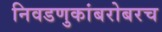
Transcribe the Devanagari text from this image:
निवडणुकांबरोबरच